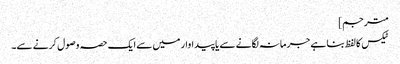
مترجم]
ٹیکس کا لفظ بنا ہے جرمانہ لگانے سے یا پیداوار میں سے ایک حصہ وصول کرنے سے۔